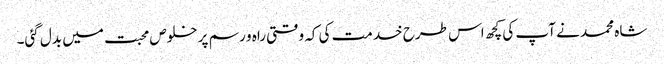
شاہ محمد نے آپ کی کچھ اس طرح خدمت کی کہ وقتی راہ و رسم پر خلوص محبت میں بدل گئی۔